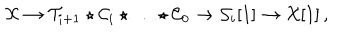
{ \cal X } \to { \cal T } _ { i + 1 } \star { \cal C } _ { i } \star \ldots \star { \cal C } _ { 0 } \to { \cal S } _ { i } [ 1 ] \to { \cal X } [ 1 ] \, ,